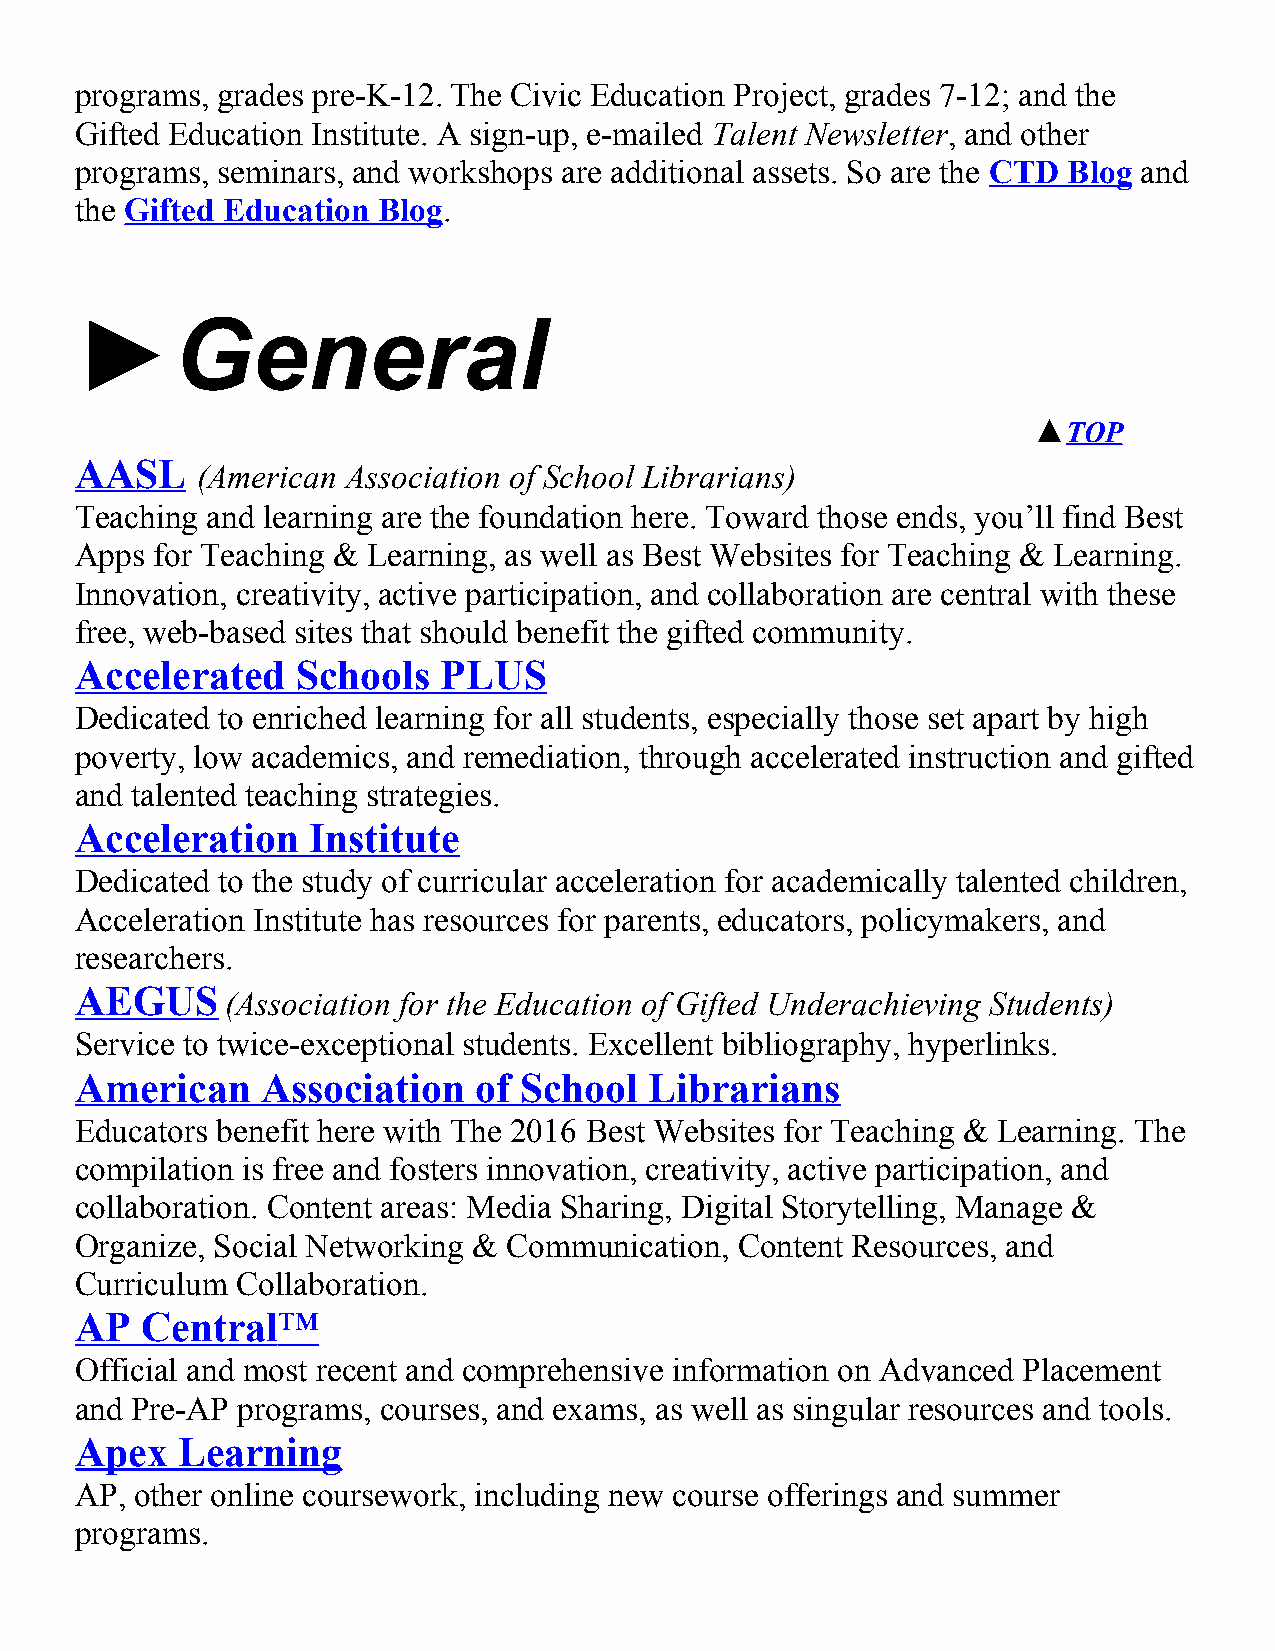
programs, grades pre-K-12. The Civic Education Project, grades 7-12; and the
 Gifted Education Institute. A sign-up, e-mailed Talent Newsletter, and other
 programs, seminars, and workshops are additional assets. So are the CTD Blog and
 the Gifted Education Blog.
 ►General
 ▲TOP
 AASL
 (American Association of School Librarians)
 Teaching and learning are the foundation here. Toward those ends, you’ll find Best
 Apps for Teaching & Learning, as well as Best Websites for Teaching & Learning.
 Innovation, creativity, active participation, and collaboration are central with these
 free, web-based sites that should benefit the gifted community.
 Accelerated    Schools  PLUS
 Dedicated to enriched learning for all students, especially those set apart by high
 poverty, low academics, and remediation, through accelerated instruction and gifted
 and talented teaching strategies.
 Acceleration    Institute
 Dedicated to the study of curricular acceleration for academically talented children,
 Acceleration Institute has resources for parents, educators, policymakers, and
 researchers.
 AEGUS
 (Association for the Education of Gifted Underachieving Students)
 Service to twice-exceptional students. Excellent bibliography, hyperlinks.
 American    Association   of School   Librarians
 Educators benefit here with The 2016 Best Websites for Teaching & Learning. The
 compilation is free and fosters innovation, creativity, active participation, and
 collaboration. Content areas: Media Sharing, Digital Storytelling, Manage &
 Organize, Social Networking & Communication, Content Resources, and
 Curriculum Collaboration.
 AP  Central  ™
 Official and most recent and comprehensive information on Advanced Placement
 and Pre-AP programs, courses, and exams, as well as singular resources and tools.
 Apex   Learning
 AP, other online coursework, including new course offerings and summer
 programs.